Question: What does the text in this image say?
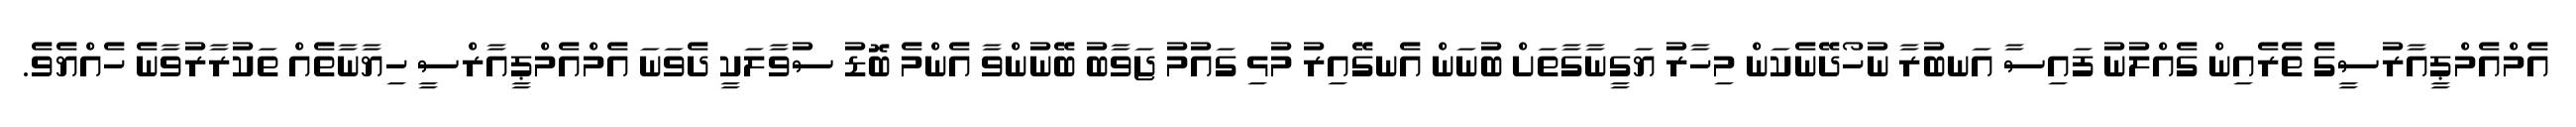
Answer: އެމްއެމްޕީއާރުސީގެ ތެރެއިން ގެއްލުނު ފައިސާ އަނބުރާ ނުހޯދޭނެކަން މިހާރު ޔަގީނާގާތަށް ބުނަން އެނގޭއިރު މުޅި ގައުމު ޖަވާބު ބޭނުންވާ އެންމެ ބޮޑު ސުވާލަކީ ދެވަނަ އެމްއެމްޕީއާރްސީ ހިޔާނާތެއް ތަކުރާރުވާނެ ހެއްޔެވެ.